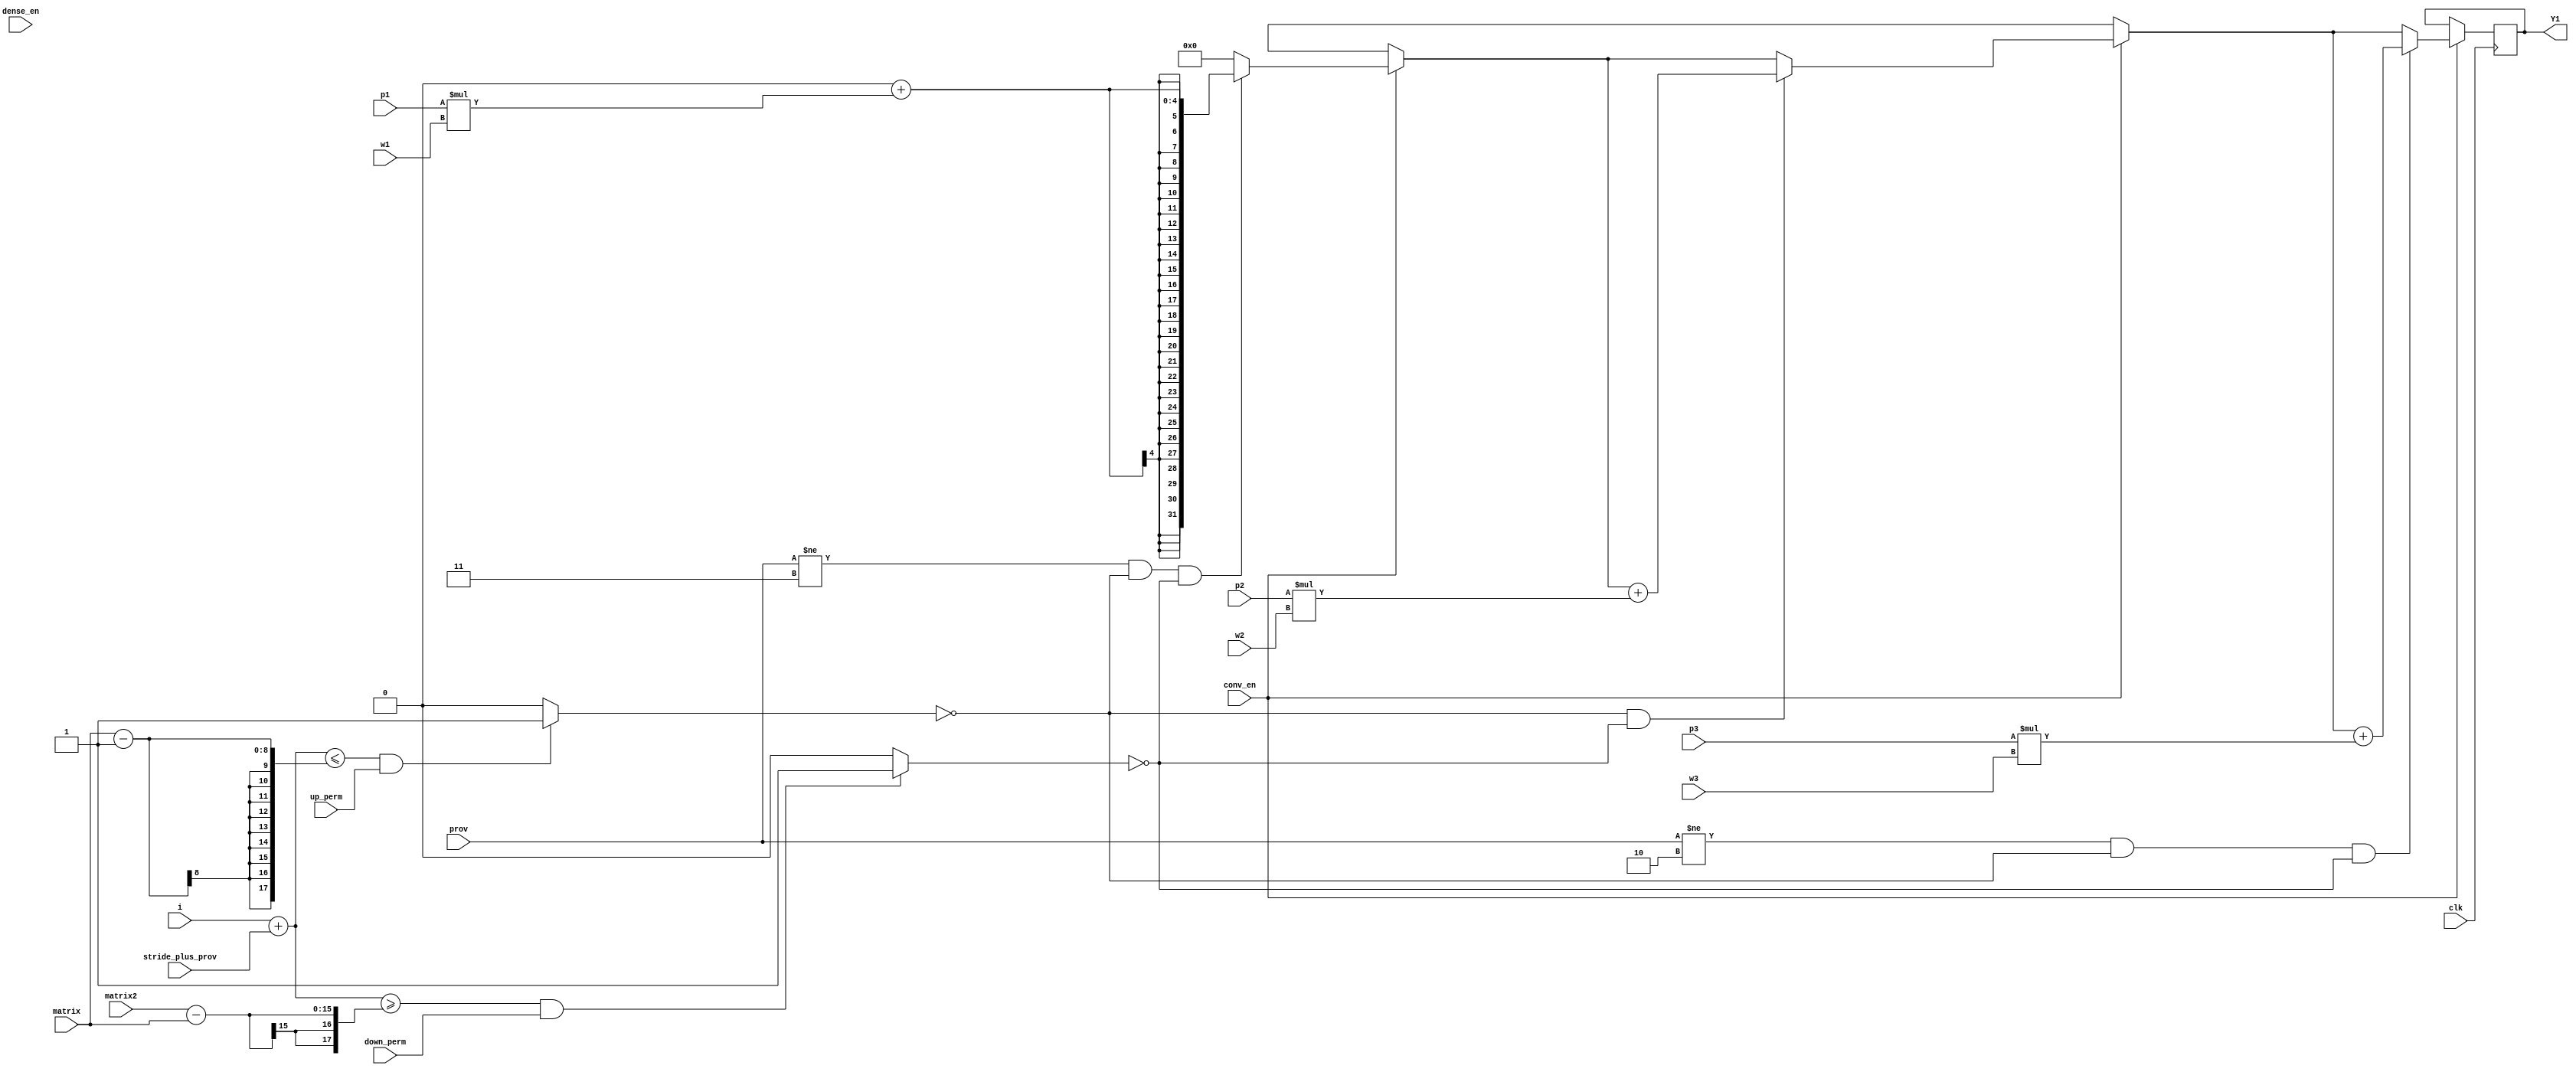
module conv(clk,Y1,prov,matrix,matrix2,i,up_perm,down_perm,p1,p2,p3,w1,w2,w3,conv_en,dense_en,stride_plus_prov);

parameter SIZE=0;
parameter SIZE_address_pix=18;
parameter SIZE_weights=0;

input clk;
output reg signed [32-1:0] Y1;
input [1:0] prov;
input [7:0] matrix;
input [14:0] matrix2;
input [14:0] i;
input up_perm,down_perm;
input signed [SIZE-1:0] p1,p2,p3;
input signed [SIZE_weights-1:0] w1,w2,w3;
input conv_en;
input dense_en;
input [SIZE_address_pix-1:0] stride_plus_prov;

wire up,down;

assign up = (((i+stride_plus_prov)<=matrix-1'b1)&&(up_perm))?1'b1:1'b0;
assign down = (((i+stride_plus_prov)>=matrix2-matrix)&&(down_perm))?1'b1:1'b0;

always @(posedge clk)
    begin
		if (conv_en==1)
			begin
				Y1=0;
				if ((prov!=2'b11)&&(!up)&&(!down)) Y1 = Y1+(p1*w1);
				if                ((!up)&&(!down)) Y1 = Y1+(p2*w2);
				if ((prov!=2'b10)&&(!up)&&(!down)) Y1 = Y1+(p3*w3);
			end
    end

endmodule